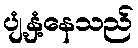
ပျံ့နှံ့နေသည်